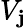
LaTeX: V_{\mathbf{j}}